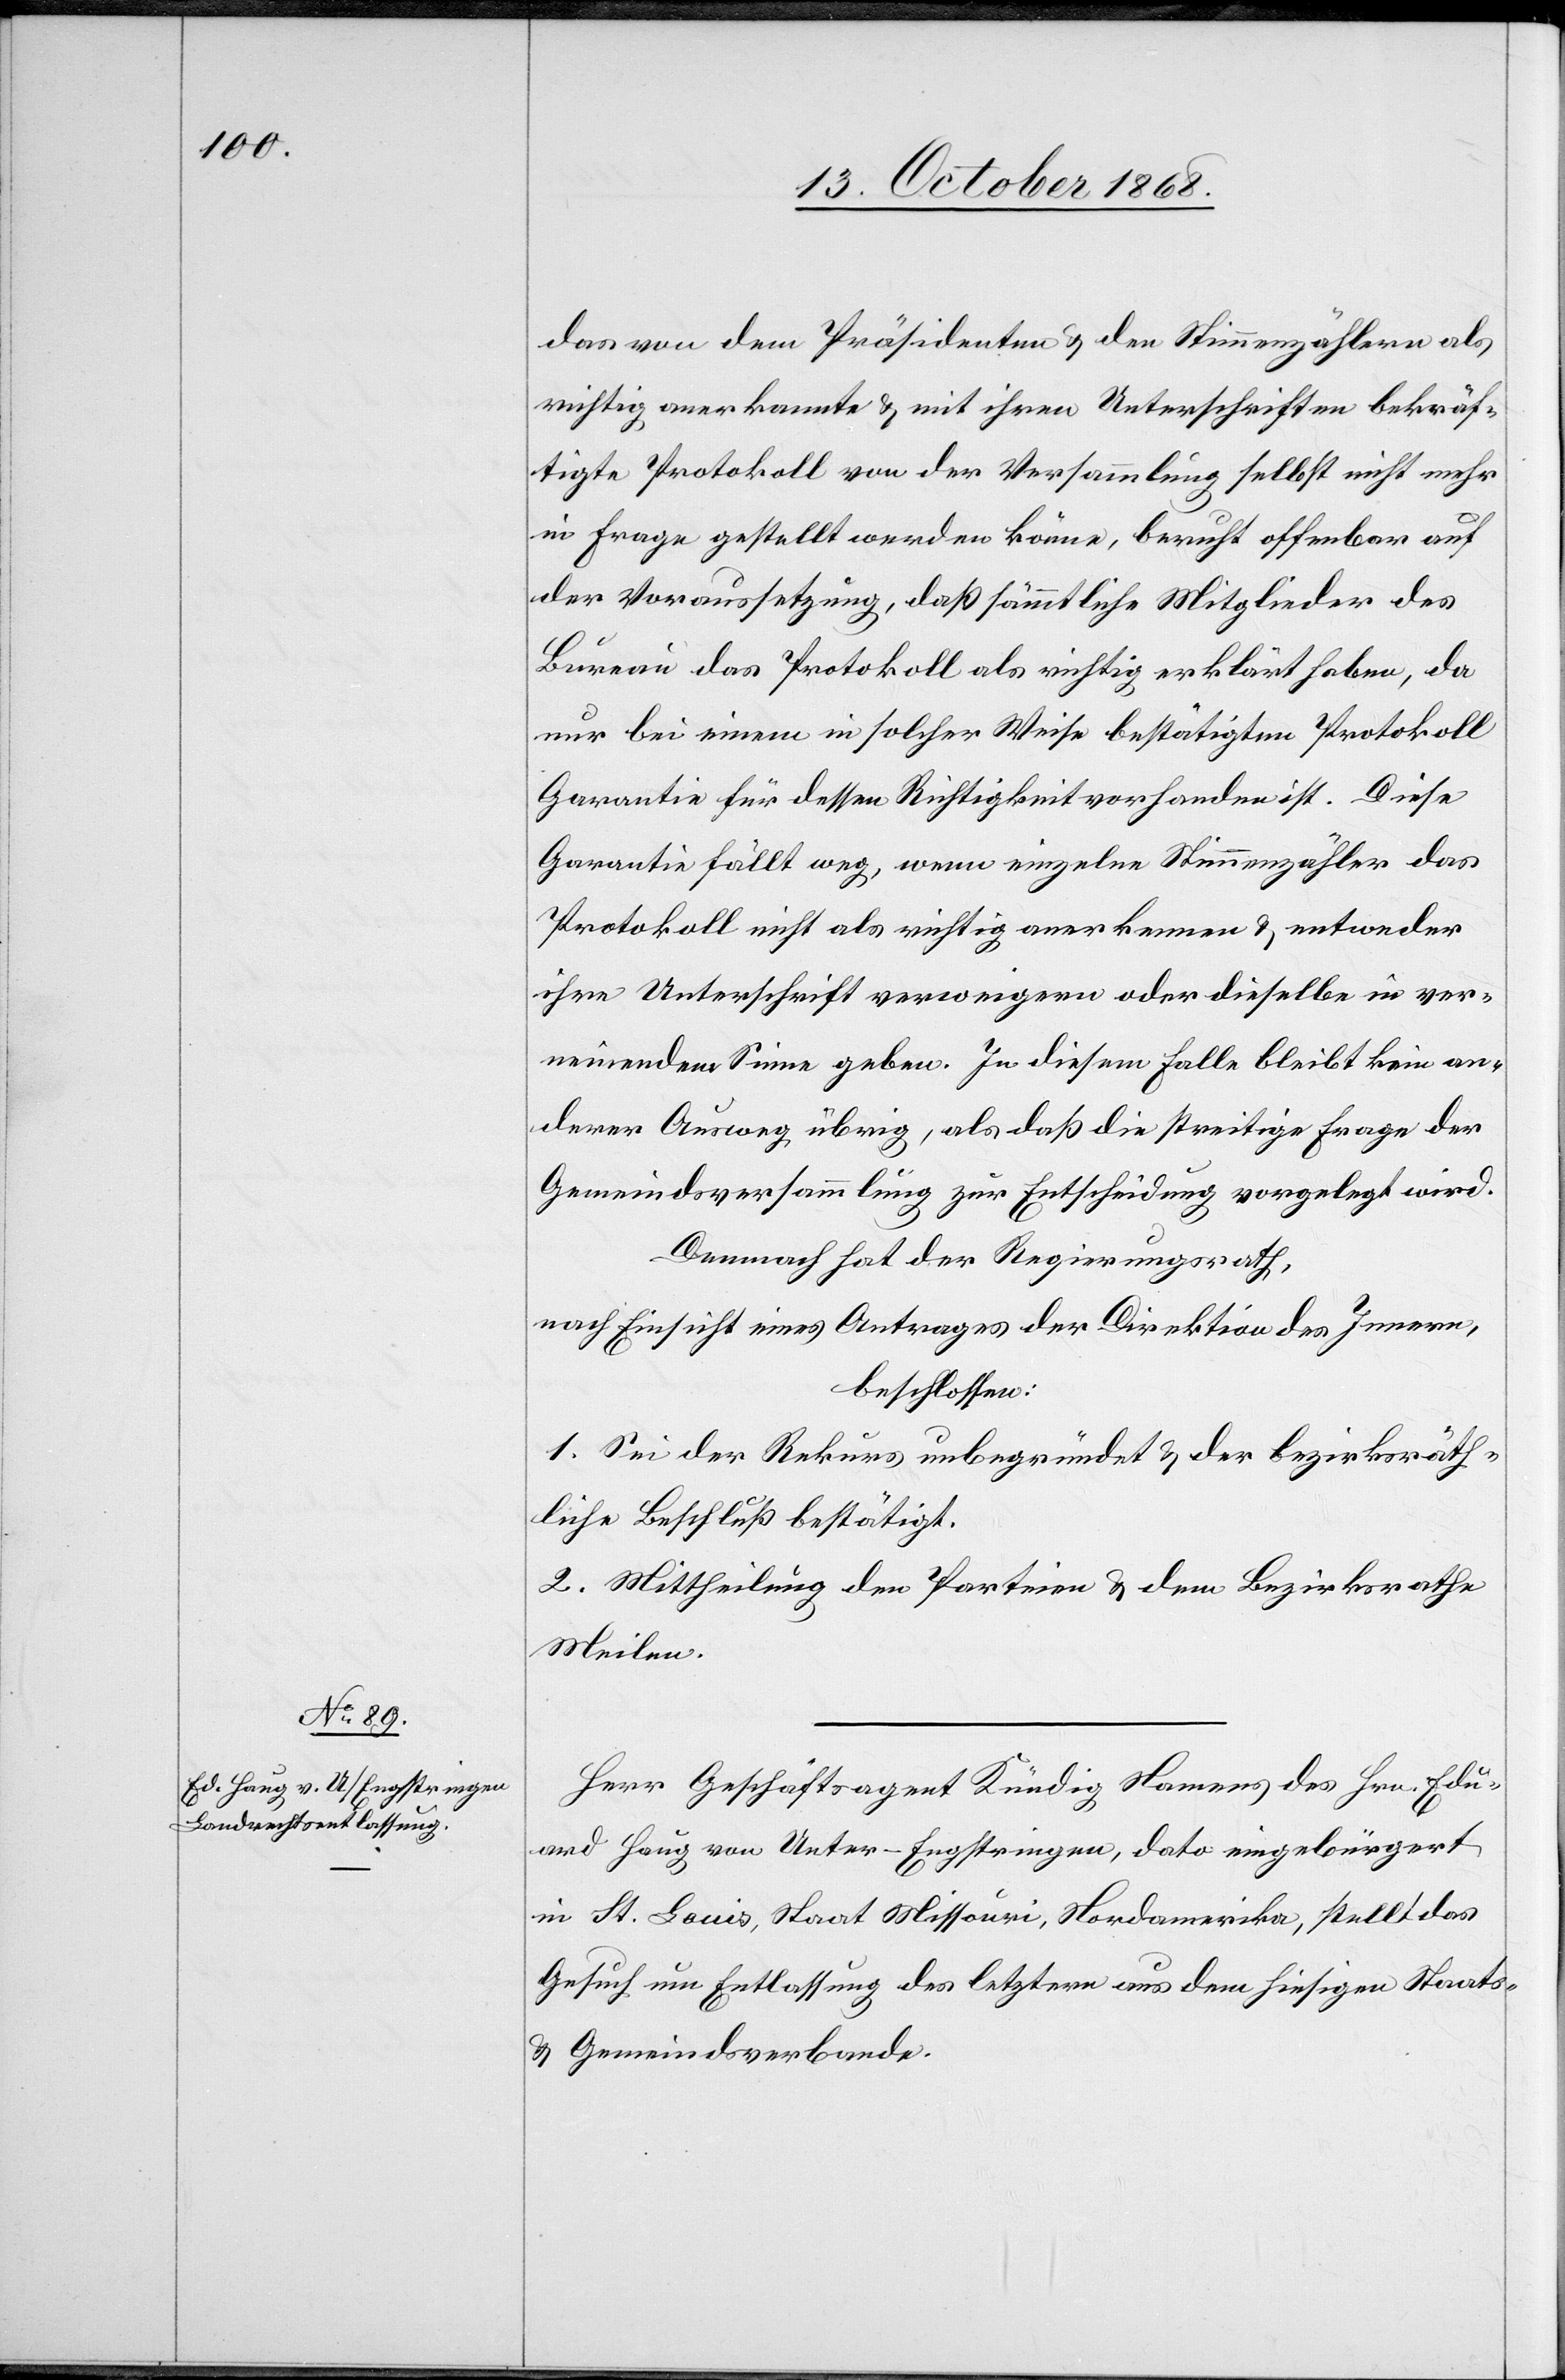
das von dem Präsidenten & den Stimmenzählern als
richtig anerkannte & mit ihren Unterschriften bekräf¬
tigte Protokoll von der Versammlung selbst nicht mehr
in Frage gestellt werden könne, beruht offenbar auf
der Voraussetzung, daß sämmtliche Mitglieder des
Bureau das Protokoll als richtig erklärt haben, da
nur bei einem in solcher Weise bestätigten Protokoll
Garantie für dessen Richtigkeit vorhanden ist. Diese
Garantie fällt weg, wenn einzelne Stimmenzähler das
Protokoll nicht als richtig anerkennen & entweder
ihre Unterschrift verweigern oder dieselbe in ver¬
neinendem Sinne geben. In diesem Falle bleibt kein an¬
derer Ausweg übrig, als daß die streitige Frage der
Gemeindsversammlung zur Entscheidung vorgelegt wird.
Demnach hat der Regierungsrath,
nach Einsicht eines Antrages der Direktion des Innern,
beschlossen:
1. Sei der Rekurs unbegründet & der bezirksräth¬
liche Beschluß bestätigt.
2. Mittheilung den Parteien & dem Bezirksrathe
Meilen.
Herr Geschäftsagent Kündig Namens des Hrn. Edu¬
ard Haug von Unter-Engstringen, dato eingebürgert
in St. Louis, Staat Missouri, Nordamerika, stellt das
Gesuch um Entlassung des letztern aus dem hiesigen Staats-
& Gemeindsverbande.